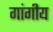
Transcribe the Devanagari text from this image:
गांगीय